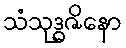
သံသုဒ္ဓဇိနော